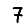
Digit: 7